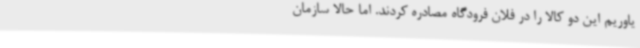
یاوریم این دو کالا را در فلان فرودگاه مصادره کردند. اما حالا سازمان